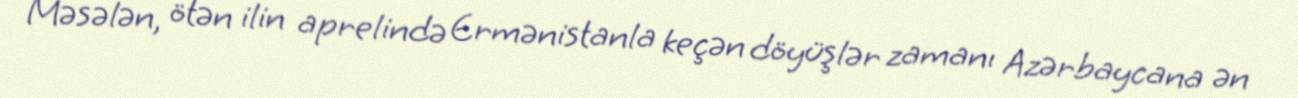
Məsələn, ötən ilin aprelində Ermənistanla keçən döyüşlər zamanı Azərbaycana ən